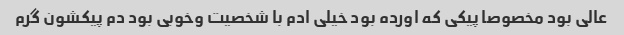
عالی بود مخصوصا پیکی که اورده بود خیلی ادم با شخصیت وخوبی بود دم پیکشون گرم